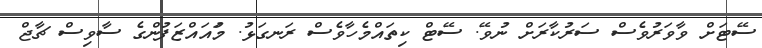
ސޭޓަށް ވާވަރުވެސް ސަރުކާރަށް ނުވޭ. ސޭޓް ކިތައްމެހާވެސް ރަނގަޅު. މުައައްޒަފުންގެ ސާވިސް ޗާޖް